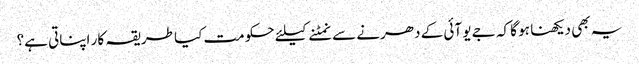
یہ بھی دیکھنا ہو گا کہ جے یو آئی کے دھرنے سے نمٹنے کیلئے حکومت کیا طریقہ کار اپناتی ہے؟